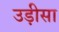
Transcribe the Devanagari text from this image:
उड़़ीसा